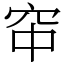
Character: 䆔